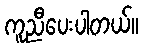
ကူညီပေးပါတယ်။